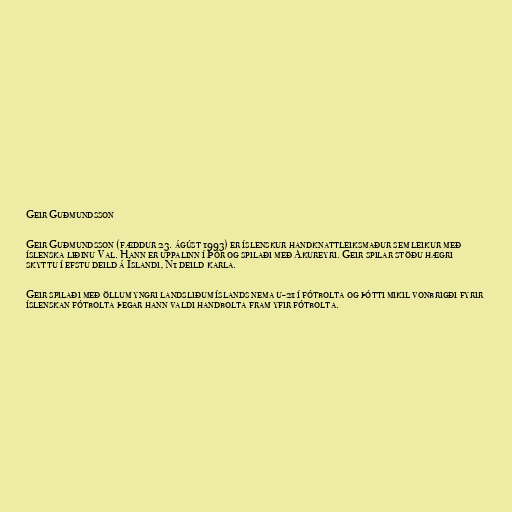
Geir Guðmundsson

Geir Guðmundsson (fæddur 23. ágúst 1993) er íslenskur handknattleiksmaður sem leikur með
íslenska liðinu Val. Hann er uppalinn í Þór og spilaði með Akureyri. Geir spilar stöðu hægri
skyttu í efstu deild á Íslandi, N1 deild karla.

Geir spilaði með öllum yngri landsliðum íslands nema u-21 í fótbolta og þótti mikil vonbrigði fyrir
íslenskan fótbolta þegar hann valdi handbolta fram yfir fótbolta.